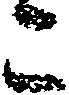
こ